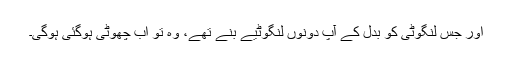
اور جس لنگوٹی کو بدل کے آپ دونوں‌ لنگوٹیے بنے تھے، وہ تو اب چھوٹی ہوگئی ہوگی۔